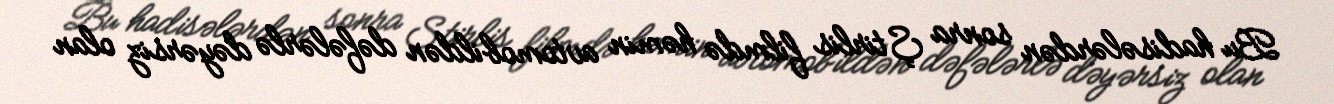
Bu hadisələrdən sonra Ştirlis filmdə həmin avtomobildən dəfələrlə dəyərsiz olan